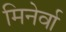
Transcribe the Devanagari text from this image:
मिनेर्वा